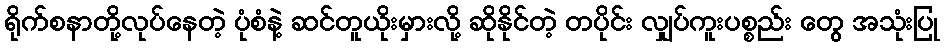
ရိုက်စနာတို့လုပ်နေတဲ့ ပုံစံနဲ့ ဆင်တူယိုးမှားလို့ ဆိုနိုင်တဲ့ တပိုင်း လျှပ်ကူးပစ္စည်း တွေ အသုံးပြု